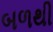
બળથી